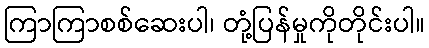
ကြာကြာစစ်ဆေးပါ၊ တုံ့ပြန်မှုကိုတိုင်းပါ။